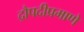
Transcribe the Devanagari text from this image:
द्रौपदीप्रमाणे